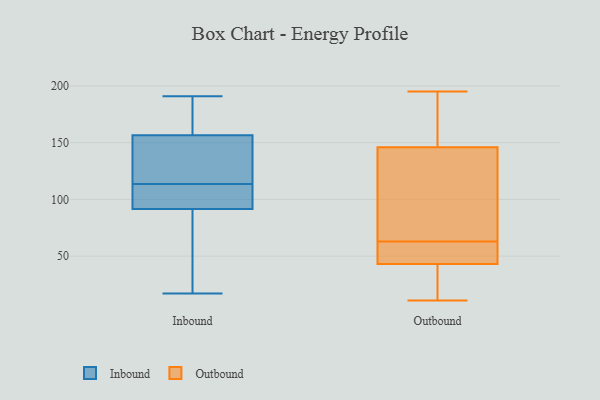
{"axis": {"x": "Page Views", "y": "Value"}, "legend": ["Inbound", "Outbound"], "data": [{"x": "", "y": 182, "type": "Inbound"}, {"x": "", "y": 66, "type": "Inbound"}, {"x": "", "y": 168, "type": "Inbound"}, {"x": "", "y": 93, "type": "Inbound"}, {"x": "", "y": 46, "type": "Inbound"}, {"x": "", "y": 148, "type": "Inbound"}, {"x": "", "y": 113, "type": "Inbound"}, {"x": "", "y": 17, "type": "Inbound"}, {"x": "", "y": 191, "type": "Inbound"}, {"x": "", "y": 116, "type": "Inbound"}, {"x": "", "y": 114, "type": "Inbound"}, {"x": "", "y": 90, "type": "Inbound"}, {"x": "", "y": 162, "type": "Inbound"}, {"x": "", "y": 151, "type": "Inbound"}, {"x": "", "y": 111, "type": "Inbound"}, {"x": "", "y": 104, "type": "Inbound"}, {"x": "", "y": 19, "type": "Outbound"}, {"x": "", "y": 45, "type": "Outbound"}, {"x": "", "y": 51, "type": "Outbound"}, {"x": "", "y": 122, "type": "Outbound"}, {"x": "", "y": 142, "type": "Outbound"}, {"x": "", "y": 152, "type": "Outbound"}, {"x": "", "y": 195, "type": "Outbound"}, {"x": "", "y": 46, "type": "Outbound"}, {"x": "", "y": 146, "type": "Outbound"}, {"x": "", "y": 11, "type": "Outbound"}, {"x": "", "y": 75, "type": "Outbound"}, {"x": "", "y": 149, "type": "Outbound"}, {"x": "", "y": 43, "type": "Outbound"}, {"x": "", "y": 41, "type": "Outbound"}]}